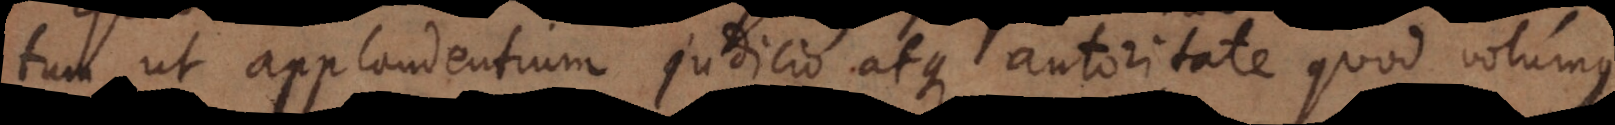
tum ut applaudentium judicio atque autoritate quod volumus